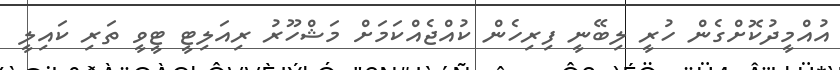
އުއްމީދުކޮށްގެން ހުރީ ލިބޭނީ ފިރިހެން ކުއްޖެއްކަމަށް މަޝްހޫރު ރިއަލިޓީ ޓީވީ ތަރި ކައިލީ